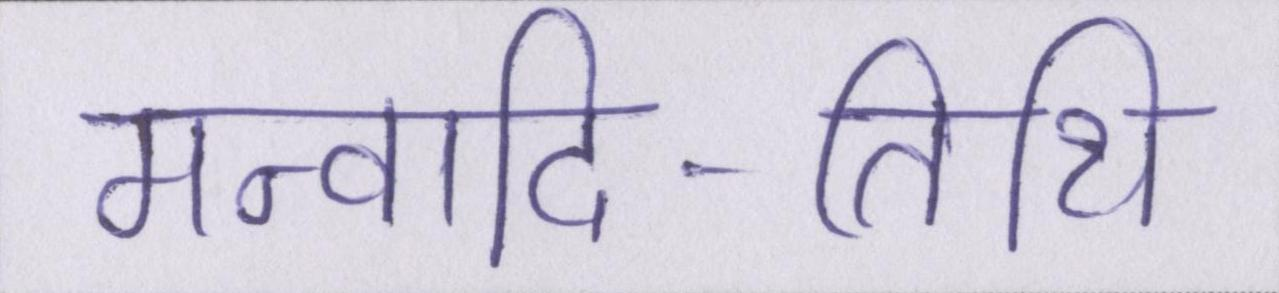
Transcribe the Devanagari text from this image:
मन्वादि-तिथि